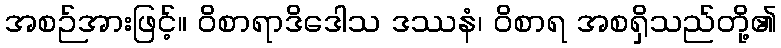
အစဉ်အားဖြင့်။ ဝိစာရာဒိဒေါသ ဒဿနံ၊ ဝိစာရ အစရှိသည်တို့၏